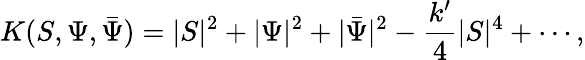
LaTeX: K(S,\Psi,\bar{\Psi})=|S|^{2}+|\Psi|^{2}+|\bar{\Psi}|^{2}-\frac{k^{\prime}}{4}|S|^{4}+\cdots,